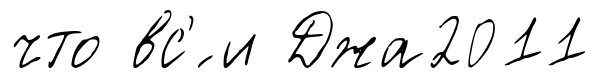
что вс'́ и Джа2011